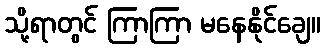
သို့ရာတွင် ကြာကြာ မနေနိုင်ချေ။